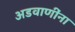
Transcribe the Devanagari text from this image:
अडवाणींना